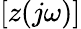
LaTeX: \left[z(j\omega)\right]